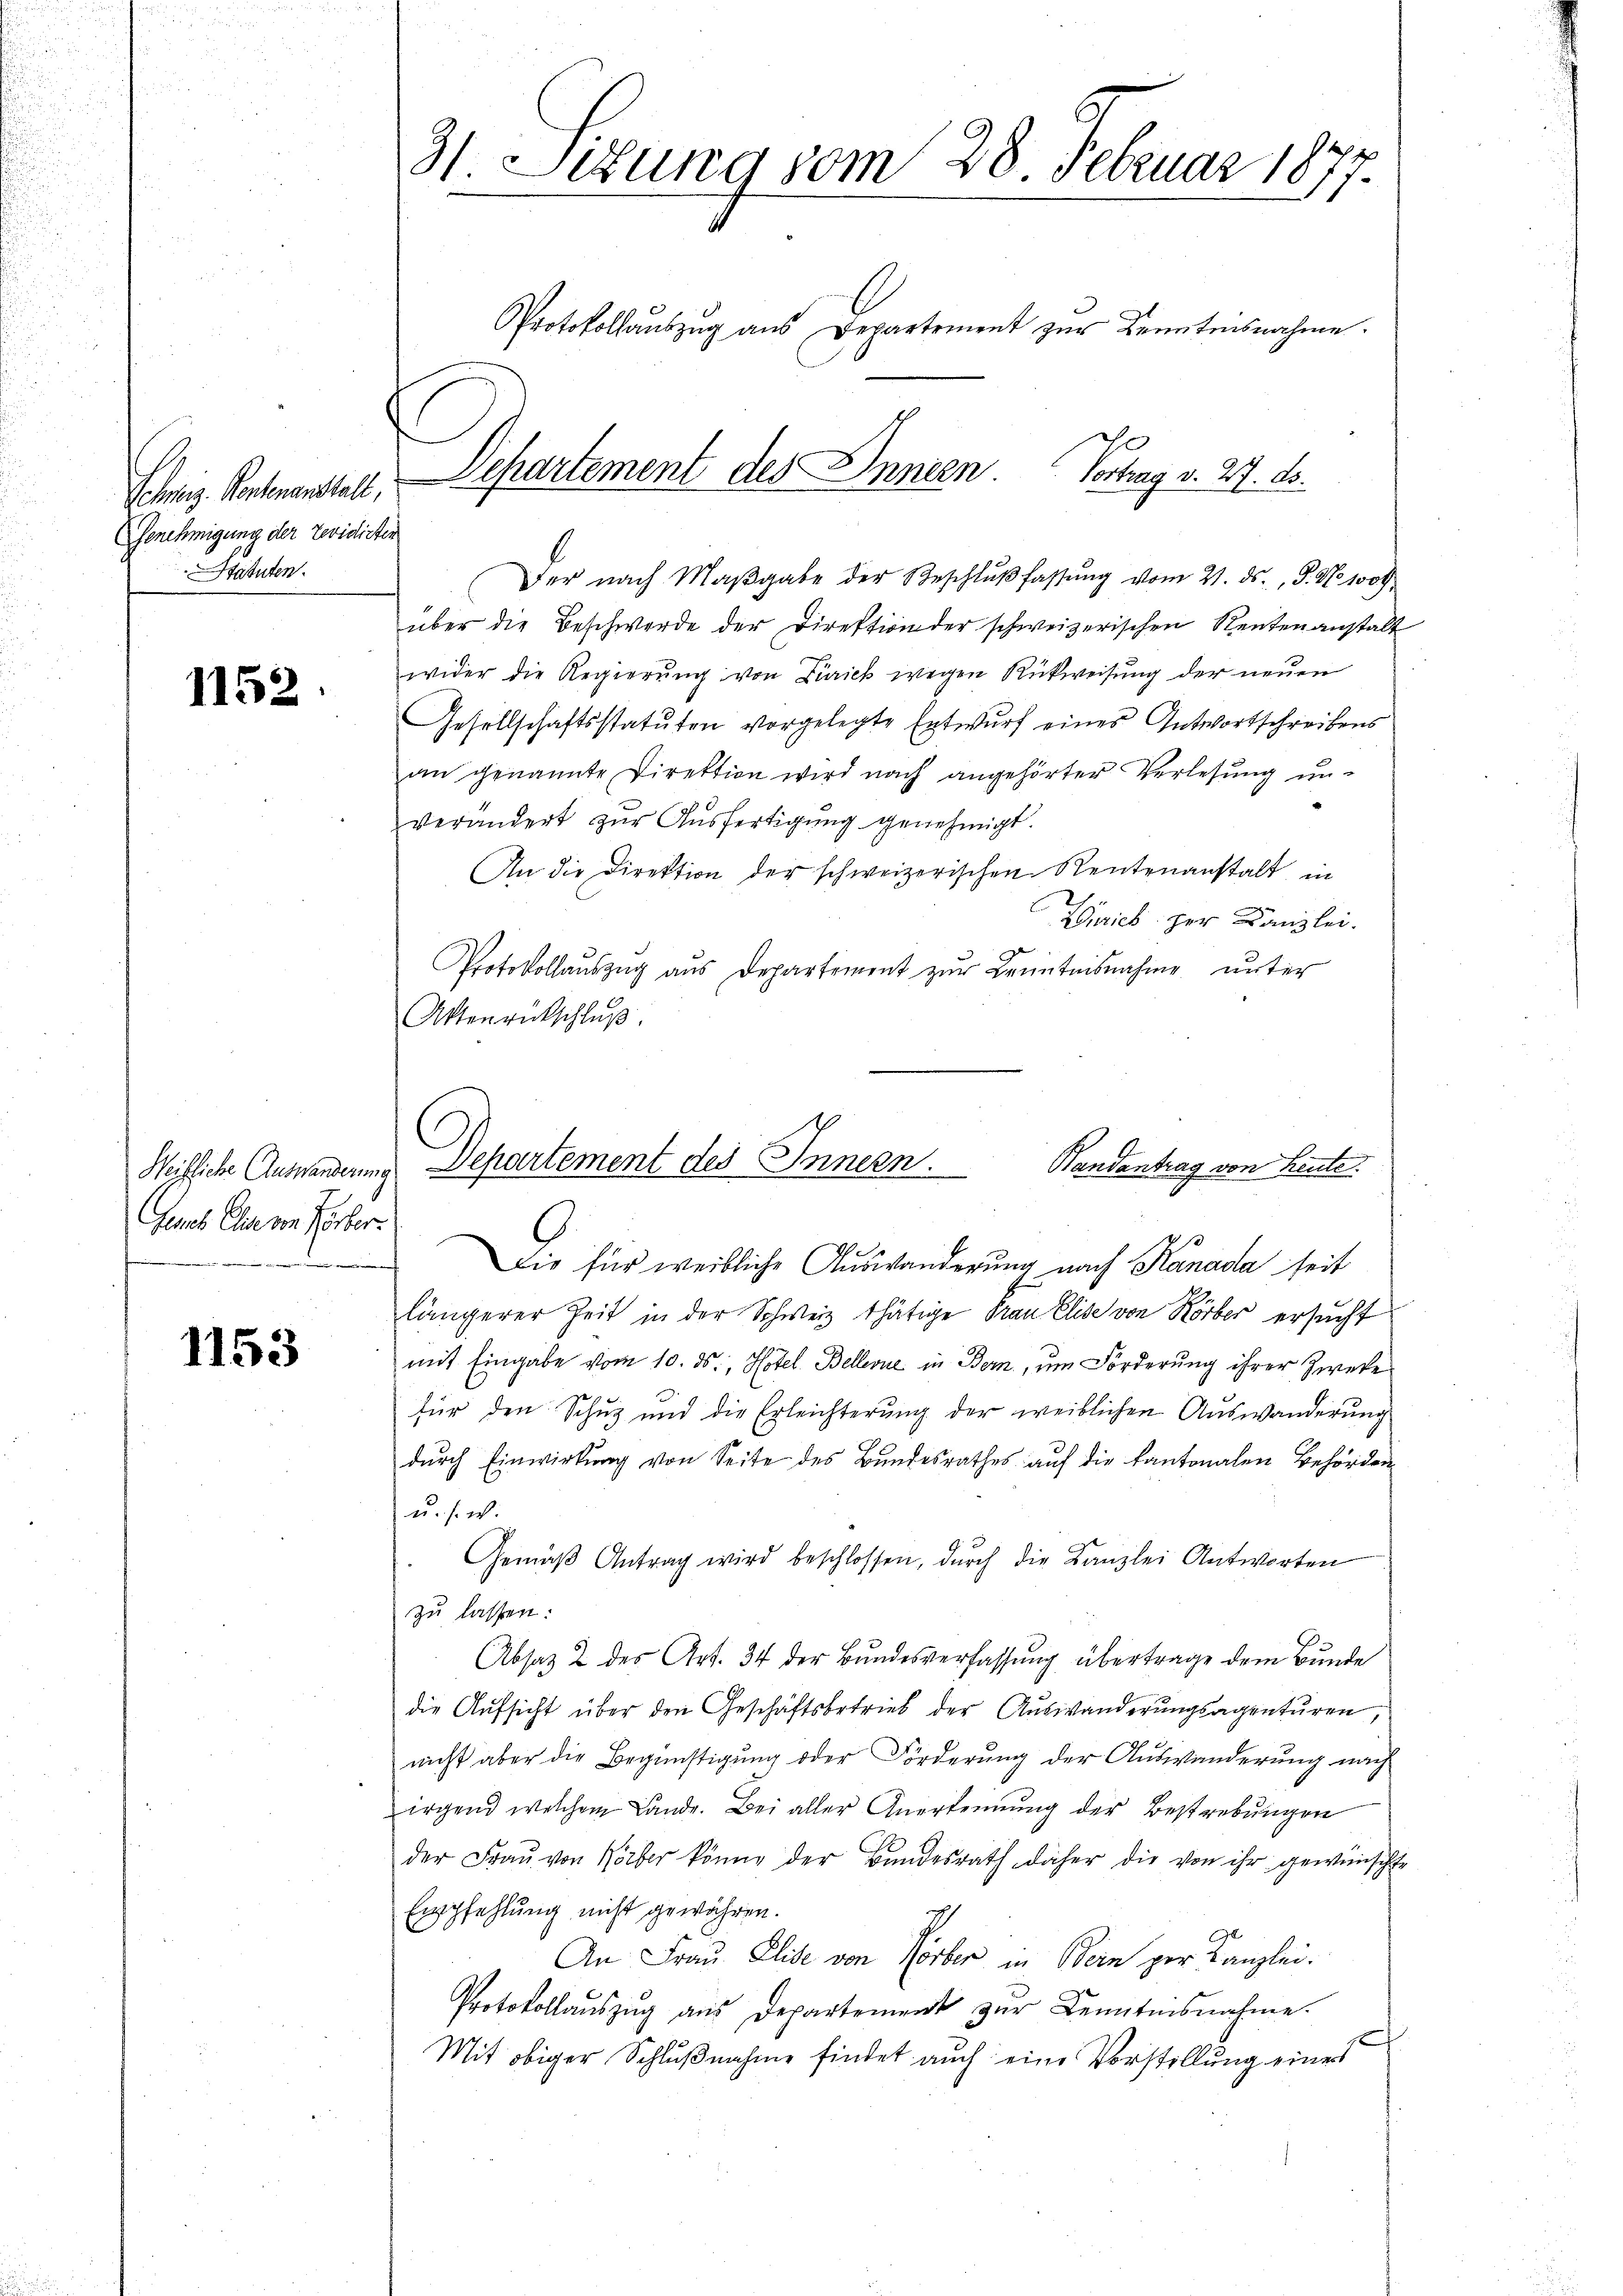
Schweiz. Kontenanstall,
Genehmigung der revidirte
Statuten.

1152

Weifliche Auswanderung
Eines Ein von Herber.

1153

31 Sedung vom 28. Februar 1877.
Protokollaŭszŭg aŭs Departement zŭr Kenntnisnahme.

Der nach Maβgabe der Beschlŭβ fassŭng vom 21. ds., S. No. 1000
über die Beschwerde der Direktion der schweizerischen Rentenanstalt
wider die Regierung von Zürick wegen Rückweisung der neuen
Gesellschaftsstatuten vorgelegte Entwurf eines Antwortschreibens
an genannte Direktion wird nach angehörter Verlesung un-
verändert zŭr Aŭsfertigung genehmigt.
An die Direktion der schweizerischen Rentenanstalt, in
g
Zürich zur Kanzlei.
Protokollauszug aus Departement zur Kenntnisnahme unter
Aktenrückschlŭβ

Departement des Innern
Vortrag v. 27. ds.

Die für weibliche Auswanderung nach Kanada seit
längerer Zeit in der Schweiz thätige Frau Elise von Körber ersucht
mit Eingabe vom 10. ds., Hotel Bellevue in Bern, um Forderung ihrer Zweke
für den Schutz und die Erleichterung der weiblichen Auswanderung
durch Einwirkung von Seite des Bundesrathes auf die Kantonalen Behörden
u. s. w.
Gemäβ Antrag wird beschlossen, dŭrch die Kanzlei Antworten
zu lassen:
Absatz 2 des Art. 34 der Bundesverfassung übertrage dem Bunde
die Aufsicht über den Geschäftsbetrieb der Auswanderungsagenturen,
nicht aber die Begünstigung oder Förderung der Auswanderung nach
irgend welchem Lande. Bei aller Anerkennung der Bestrebungen
der Fraŭ von Körber könne der Bundesrath daher die von ihr gewünschte
Empfehlung nicht gewähren.
Ich
An Frau Elise von Vorber in Bein per Kanzlei.
Protokollaŭszŭg aŭs Departement zŭr Kenntnisnahme.
Mit obiger Schlußnahme findet auch eine Vorstellung eines

1
Dchartement des Innern.
Handantrag von Leute.